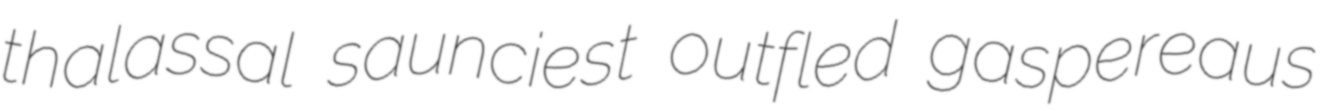
thalassal saunciest outfled gaspereaus